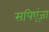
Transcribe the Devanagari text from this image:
सपिएंज़ा